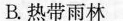
B.热带雨林